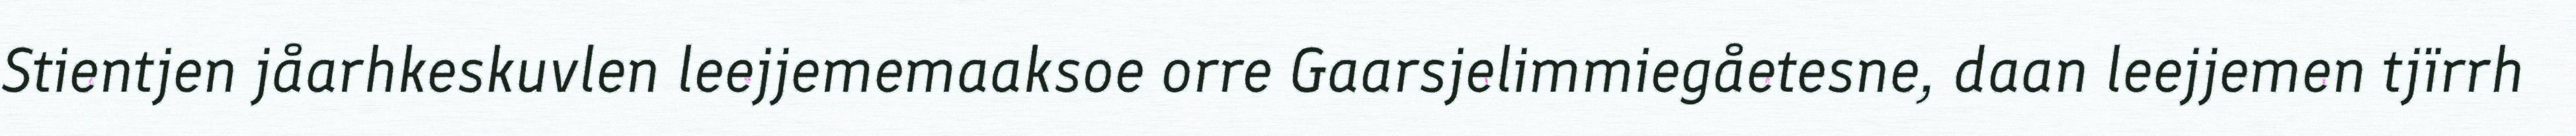
Stientjen jåarhkeskuvlen leejjememaaksoe orre Gaarsjelimmiegåetesne, daan leejjemen tjïrrh